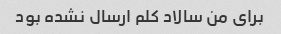
برای من سالاد کلم ارسال نشده بود